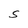
Character: S